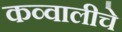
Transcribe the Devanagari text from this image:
कव्वालीचे